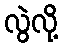
လွဲလို့